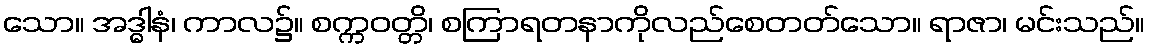
သော။ အဒ္ဓါနံ၊ ကာလ၌။ စက္ကဝတ္တိ၊ စကြာရတနာကိုလည်စေတတ်သော။ ရာဇာ၊ မင်းသည်။